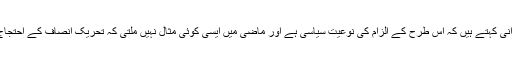
سابق سیکرٹری داخلہ اور تجزیہ کار تسنیم نورانی کہتے ہیں کہ اس طرح کے الزام کی نوعیت سیاسی ہے اور ماضی میں ایسی کوئی مثال نہیں ملتی کہ تحریک انصاف کے احتجاج میں مذہبی جماعتوں کے لوگ حصہ بنے ہوں۔